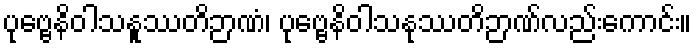
ပုဗ္ဗေနိဝါသနူဿတိဉာဏံ၊ ပုဗ္ဗေနိဝါသနုဿတိဉာဏ်လည်းကောင်း။